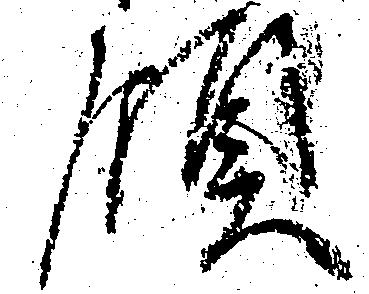
領